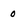
Character: o